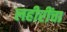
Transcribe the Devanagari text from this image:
लहीरींचा